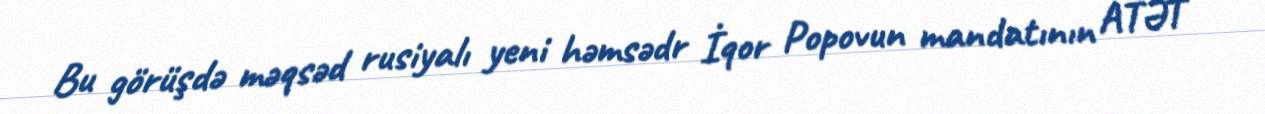
Bu görüşdə məqsəd rusiyalı yeni həmsədr İqor Popovun mandatının ATƏT